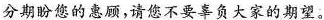
分期盼您的惠顾，请您不要辜负大家的期望。